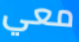
معي